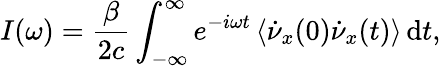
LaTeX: I(\omega)={\frac{\beta}{2c}}\int_{-\infty}^{\infty}e^{-i\omega t}\left<\dot{\nu}_{x}(0)\dot{\nu}_{x}(t)\right>\, \mathrm{d}t,